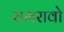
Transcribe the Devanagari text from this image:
रामरावो